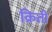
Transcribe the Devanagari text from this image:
क्रिती